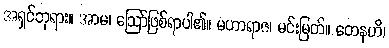
အရှင်ဘုရား။ အာမ၊ ဩော်ဖြစ်ရာပါ၏။ မဟာရာဇ၊ မင်းမြတ်။ တေနဟိ၊